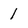
Character: 1